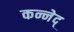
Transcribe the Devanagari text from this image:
कन्नेद्